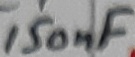
Text: 150nF